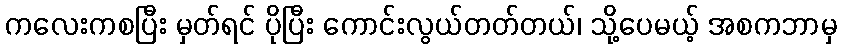
ကလေးကစပြီး မှတ်ရင် ပိုပြီး ကောင်းလွယ်တတ်တယ်၊ သို့ပေမယ့် အစကဘာမှ